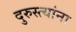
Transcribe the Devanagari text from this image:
दुरुस्त्यांना